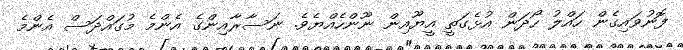
ފޮނުވައިގެން ހައްލު ހޯދަން އުޅެގަތީ އީޔޫއިން ނޫންހެއްޔެވެ. ނަސާރާއިންގެ އެންމެ މުގައްދަސް އެންމެ